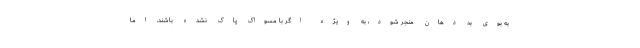
به بوی بد دهان منجر شود، به ویژه اگر با مسواک پاک نشده باشند. اما